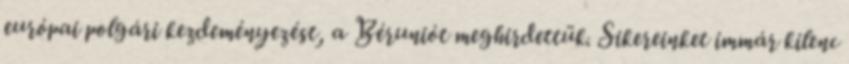
európai polgári kezdeményezést, a Béruniót meghirdettük. Sikereinket immár kilenc